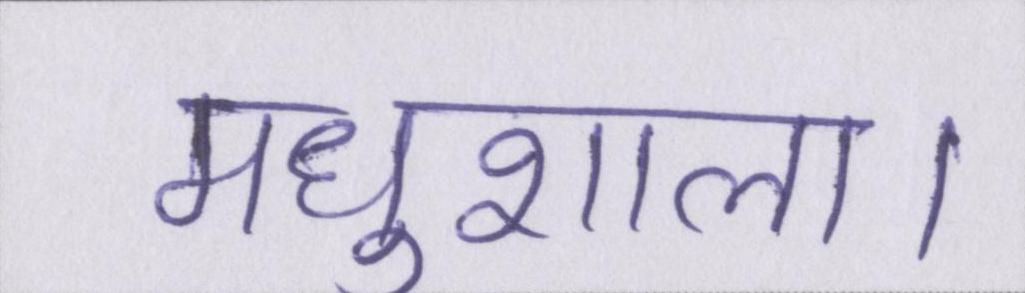
मधुशाला।